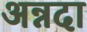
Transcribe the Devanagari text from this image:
अन्नदा